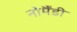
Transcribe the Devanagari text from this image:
नोर्मैंडी